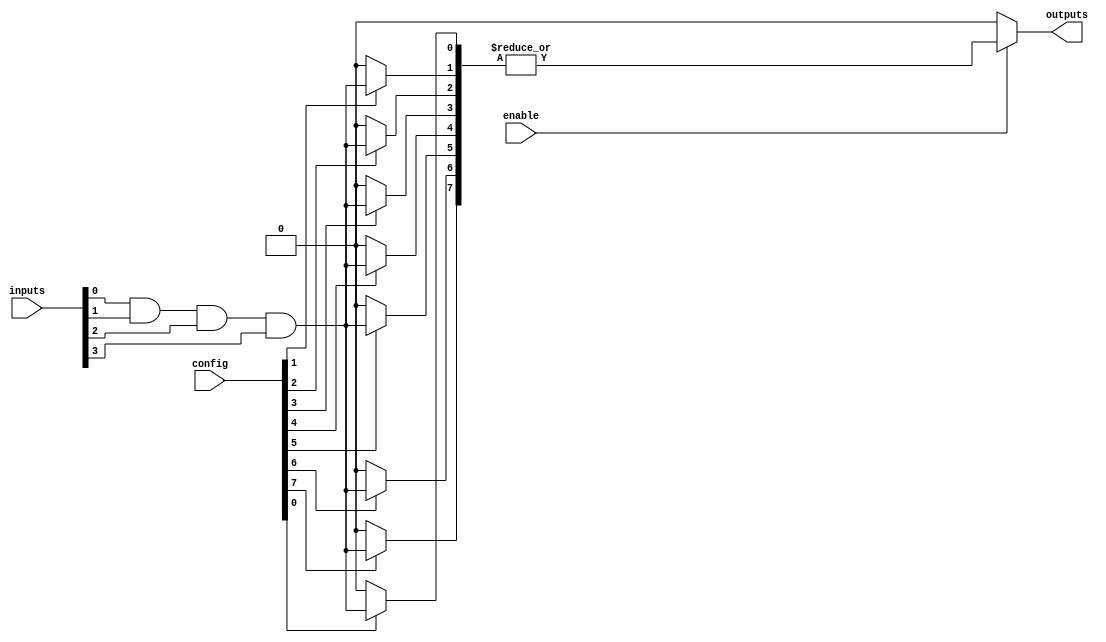
module comb_logic_block #(
    parameter NUM_INPUTS = 4,
    parameter NUM_PROD_TERMS = 8,
    parameter NUM_OUTPUTS = 1
)(
    input  wire [NUM_INPUTS-1:0] inputs,        // External inputs
    input  wire [NUM_PROD_TERMS-1:0] config,    // Configuration for the programmable logic
    input  wire enable,                          // Control signal to enable logic block
    output wire [NUM_OUTPUTS-1:0] outputs       // External outputs
);

    // Intermediate product terms (AND gate outputs)
    wire [NUM_PROD_TERMS-1:0] prod_terms;

    // AND gates - Product terms generation
    generate
        genvar i;
        for (i = 0; i < NUM_PROD_TERMS; i = i + 1) begin : and_gates
            assign prod_terms[i] = (config[i]) ? 
                (inputs[0] & inputs[1] & inputs[2] & inputs[3]) : 1'b0; // Example product term
        end
    endgenerate

    // Final output from OR gates
    assign outputs[0] = enable ? |prod_terms : 1'b0; // OR aggregation of product terms

endmodule